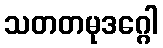
သတတမုဒဂ္ဂေါ